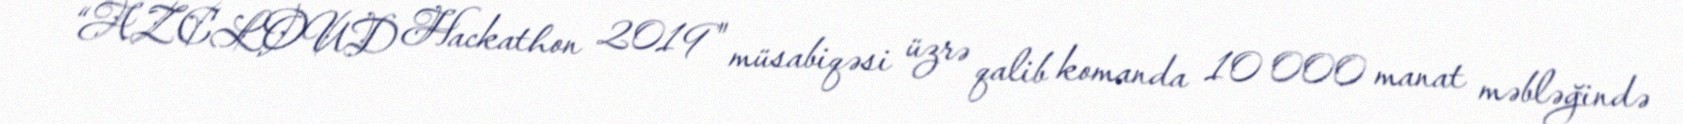
“AZCLOUD Hackathon 2019" müsabiqəsi üzrə qalib komanda 10 000 manat məbləğində